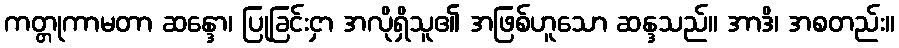
ကတ္တုကာမတာ ဆန္ဒော၊ ပြုခြင်းငှာ အလိုရှိသူ၏ အဖြစ်ဟူသော ဆန္ဒသည်။ အာဒိ၊ အစတည်း။